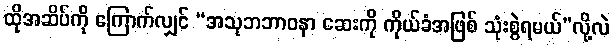
ထိုအဆိပ်ကို ကြောက်လျှင် “အသုဘဘာဝနာ ဆေးကို ကိုယ်ခံအဖြစ် သုံးစွဲရမယ်”လို့လဲ